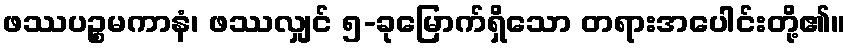
ဖဿပဉ္စမကာနံ၊ ဖဿလျှင် ၅-ခုမြောက်ရှိသော တရားအပေါင်းတို့၏။